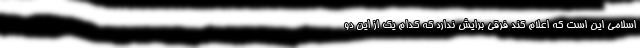
اسلامی این است که اعلام کند فرقی برایش ندارد که کدام یک از این دو